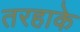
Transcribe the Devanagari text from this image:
तरहाके